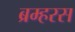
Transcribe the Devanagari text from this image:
ब्रम्हरस